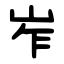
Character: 岝